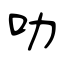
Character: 呖